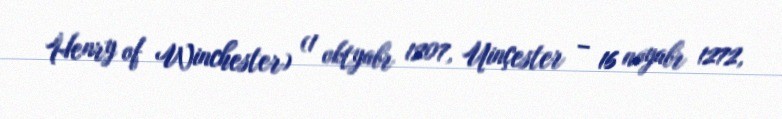
Henry of Winchester) (1 oktyabr 1207, Uinçester – 16 noyabr 1272,